Indian journal of veterinary science and animal husbandry - Volume 10,
Year: 1940
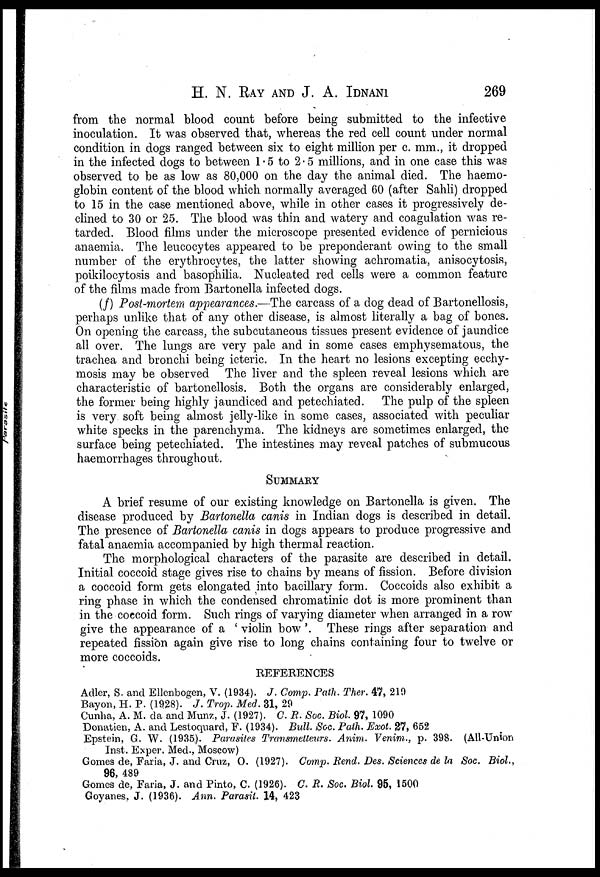
H. N. RAY AND J. A. IDNANI 269
from the normal blood count before being submitted to the infective
inoculation. It was observed that, whereas the red cell count under normal
condition in dogs ranged between six to eight million per c. mm., it dropped
in the infected dogs to between 1.5 to 2.5 millions, and in one case this was
observed to be as low as 80,000 on the day the animal died. The haemo-
globin content of the blood which normally averaged 60 (after Sahli) dropped
to 15 in the case mentioned above, while in other cases it progressively de-
clined to 30 or 25. The blood was thin and watery and coagulation was re-
tarded. Blood films under the microscope presented evidence of pernicious
anaemia. The leucocytes appeared to be preponderant owing to the small
number of the erythrocytes, the latter showing achromatia, anisocytosis,
poikilocytosis and basophilia. Nucleated red cells were a common feature
of the films made from Bartonella infected dogs.
(f) Post-mortem appearances.—The carcass of a dog dead of Bartonellosis,
perhaps unlike that of any other disease, is almost literally a bag of bones.
On opening the carcass, the subcutaneous tissues present evidence of jaundice
all over. The lungs are very pale and in some cases emphysematous, the
trachea and bronchi being icteric. In the heart no lesions excepting ecchy-
mosis may be observed The liver and the spleen reveal lesions which are
characteristic of bartonellosis. Both the organs are considerably enlarged,
the former being highly jaundiced and petechiated. The pulp of the spleen
is very soft being almost jelly-like in some cases, associated with peculiar
white specks in the parenchyma. The kidneys are sometimes enlarged, the
surface being petechiated. The intestines may reveal patches of submucous
haemorrhages throughout.
SUMMARY
A brief resume of our existing knowledge on Bartonella is given. The
disease produced by Bartonella canis in Indian dogs is described in detail.
The presence of Bartonella canis in dogs appears to produce progressive and
fatal anaemia accompanied by high thermal reaction.
The morphological characters of the parasite are described in detail.
Initial coccoid stage gives rise to chains by means of fission. Before division
a coccoid form gets elongated into bacillary form. Coccoids also exhibit a
ring phase in which the condensed chromatinic dot is more prominent than
in the coccoid form. Such rings of varying diameter when arranged in a row
give the appearance of a ' violin bow'. These rings after separation and
repeated fission again give rise to long chains containing four to twelve or
more coccoids.
REFERENCES
Adler, S. and Ellenbogen, V. (1934). J. Comp. Path. Ther. 47, 219
Bayon, H. P. (1928). J. Trop. Med. 31, 29
Cunha, A. M. da and Munz, J. (1927). C. R. Soc. Biol. 97, 1090
Donatien, A. and Lestoquard, F. (1934). Bull. Soc. Path. Exot. 27, 652
Epstein, G. W. (1935). Parasites Transmetteurs. Anim. Venim., p. 398. (All-Union
Inst. Exper. Med., Moscow)
Gomes de, Faria, J. and Cruz, O. (1927). Comp. Rend. Des. Sciences de la Soc. Biol.,
96, 489
Gomes de, Faria, J. and Pinto, C. (1926). C. R. Soc. Biol 95, 1500
Goyanes, J. (1936). Ann. Parasit. 14, 423